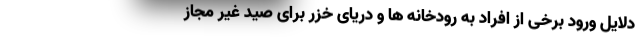
دلایل ورود برخی از افراد به رودخانه ها و دریای خزر برای صید غیر مجاز